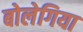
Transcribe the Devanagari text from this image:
बोलेगिया